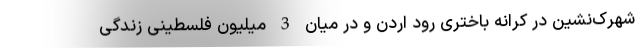
شهرک‌نشین در کرانه باختری رود اردن و در میان 3 میلیون فلسطینی زندگی